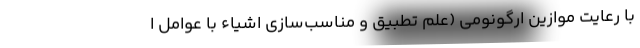
با رعایت موازین ارگونومی (علم تطبیق و مناسب‌سازی اشیاء با عوامل ا